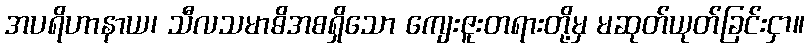
အပရိဟာနာယ၊ သီလသမာဓိအစရှိသော ကျေးဇူးတရားတို့မှ မဆုတ်ယုတ်ခြင်းငှာ။